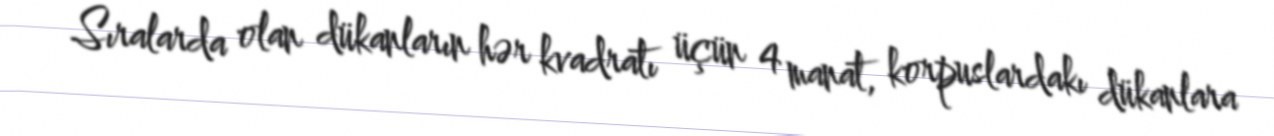
Sıralarda olan dükanların hər kvadratı üçün 4 manat, korpuslardakı dükanlara